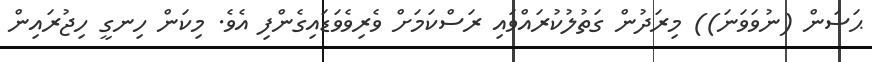
ޙަސަން (ނުވަވަނަ)) މިރަދުން ގަތުލުކުރައްވައި ރަސްކަމަށް ވެރިވެވަޑައިގެންފި އެވެ. މިކަން ހިނގީ ހިޖުރައިން